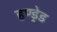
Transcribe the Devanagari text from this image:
हण्ड्रेड